Civil Veterinary Dept. Assam report 1927-50 - 1927-1950
Year: 1927
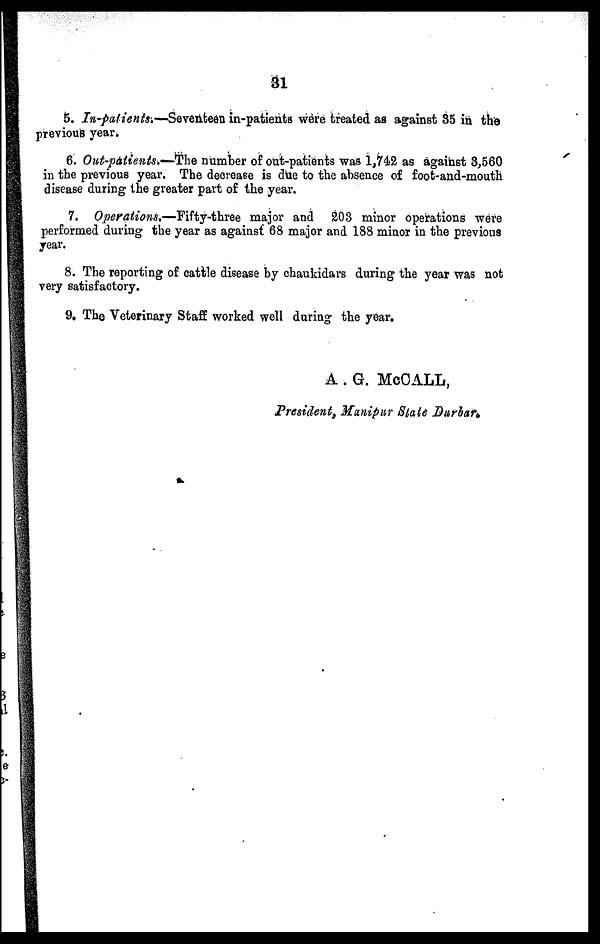
31
5. In-patients.—Seventeen in-patients were treated as against 85 in the
previous year.
6. Out-patients.—The number of out-patients was 1,742 as against 3,560
in the previous year. The decrease is due to the absence of foot-and-mouth
disease during the greater part of the year.
7. Operations.—Fifty-three
major and 203 minor operations were
performed during the year as against 68 major and 18S minor in the previous
year.
8. The reporting of cattle disease by chaukidars during the year was not
very satisfactory.
9. The Veterinary Staff worked well during the year.
A . G. McCALL,
President, Manipur State Durbar.